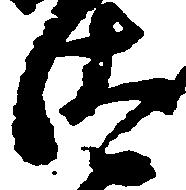
汰